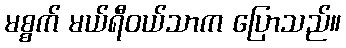
မစ္စက် မယ်ရီဝယ်သာက ပြောသည်။